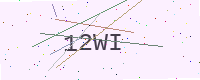
Text: 12WI